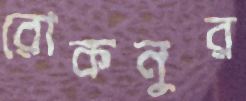
রোকনুর